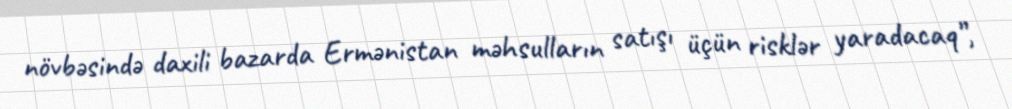
növbəsində daxili bazarda Ermənistan məhsulların satışı üçün risklər yaradacaq”,